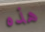
هذه